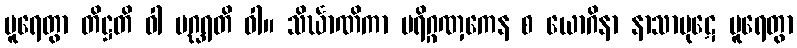
ပူရေတွာ တိဋ္ဌတိ ဝါ ပဂ္ဃရတိ ဝါ။ သိင်္ဃာဏိကာ ပရိဂ္ဂဏှကေန စ ယောဂိနာ နာသာပုဋေ ပူရေတွာ